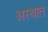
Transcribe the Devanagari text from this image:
अरथात